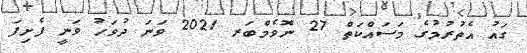
ގައު އެތުރުމުގެ މަސައްކަތް 27 ނޮވެމްބަރ 2021 ވަނަ ދުވަހު ވަނީ ފެށިފަ